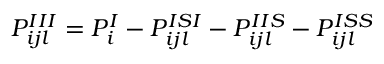
P _ { i j l } ^ { I I I } = P _ { i } ^ { I } - P _ { i j l } ^ { I S I } - P _ { i j l } ^ { I I S } - P _ { i j l } ^ { I S S }